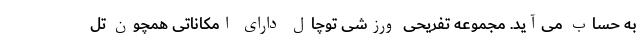
به حساب می‌آید. مجموعه تفریحی ورزشی توچال دارای امکاناتی همچون تل